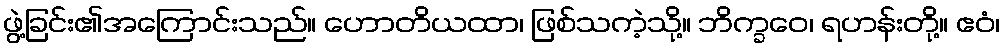
ဖွဲ့ခြင်း၏အကြောင်းသည်။ ဟောတိယထာ၊ ဖြစ်သကဲ့သို့။ ဘိက္ခဝေ၊ ရဟန်းတို့။ ဧဝံ၊